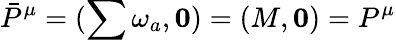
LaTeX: \bar{P}^{\mu}=(\sum\omega_{a},{\mathbf 0})=(M,{\mathbf 0})=P^{\mu}